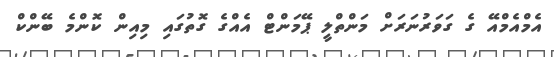
އެމްއެމްއޭ ގެ ގަވަރުނަރަށް މަންތްލީ ޕޭމަންޓް އެއްގެ ގޮތުގައި މިއިން ކޮންމެ ބޭންކް